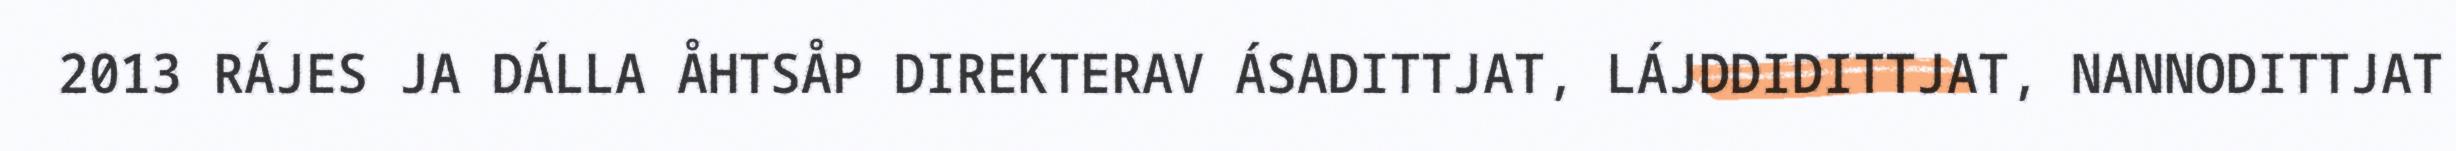
2013 RÁJES JA DÁLLA ÅHTSÅP DIREKTERAV ÁSADITTJAT, LÁJDDIDITTJAT, NANNODITTJAT